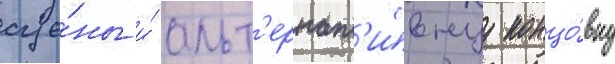
сце́ны и́ альт'ернат'и́внуу концо́вку